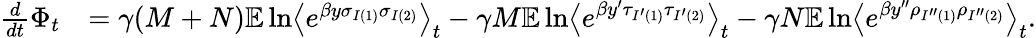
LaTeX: \begin{array}{rl}{\frac{d}{dt}\Phi_{t}}&{=\gamma(M+N)\mathbb E\ln\bigl\langle e^{\beta y\sigma_{I(1)}\sigma_{I(2)}}\bigr\rangle_{t}-\gamma M\mathbb E\ln\bigl\langle e^{\beta y^{\prime}\tau_{I^{\prime}(1)}\tau_{I^{\prime}(2)}}\bigr\rangle_{t}-\gamma N\mathbb E\ln\bigl\langle e^{\beta y^{\prime\prime}\rho_{I^{\prime\prime}(1)}\rho_{I^{\prime\prime}(2)}}\bigr\rangle_{t}.}\end{array}